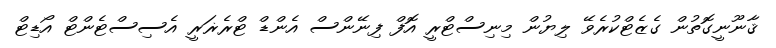
ޤާނޫނީގޮތުން ގެޒެޓްކުރެވޭ ލިޔުން މިނިސްޓްރީ އޮފް ފިނޭންސް އެންޑް ޓްރެޜަރީ އެސިސްޓެންޓް އޯޑިޓް